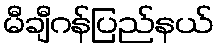
မီချီဂန်ပြည်နယ်